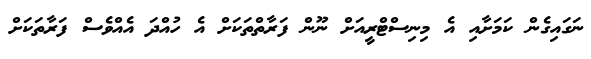
ނަގައިގެން ކަމަށާއި އެ މިނިސްޓްރީއަށް ނޫން ފަރާތްތަކަށް އެ ހުއްދަ އެއްވެސް ފަރާތަކަށް